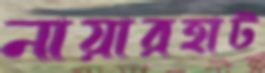
নায়ারহাট